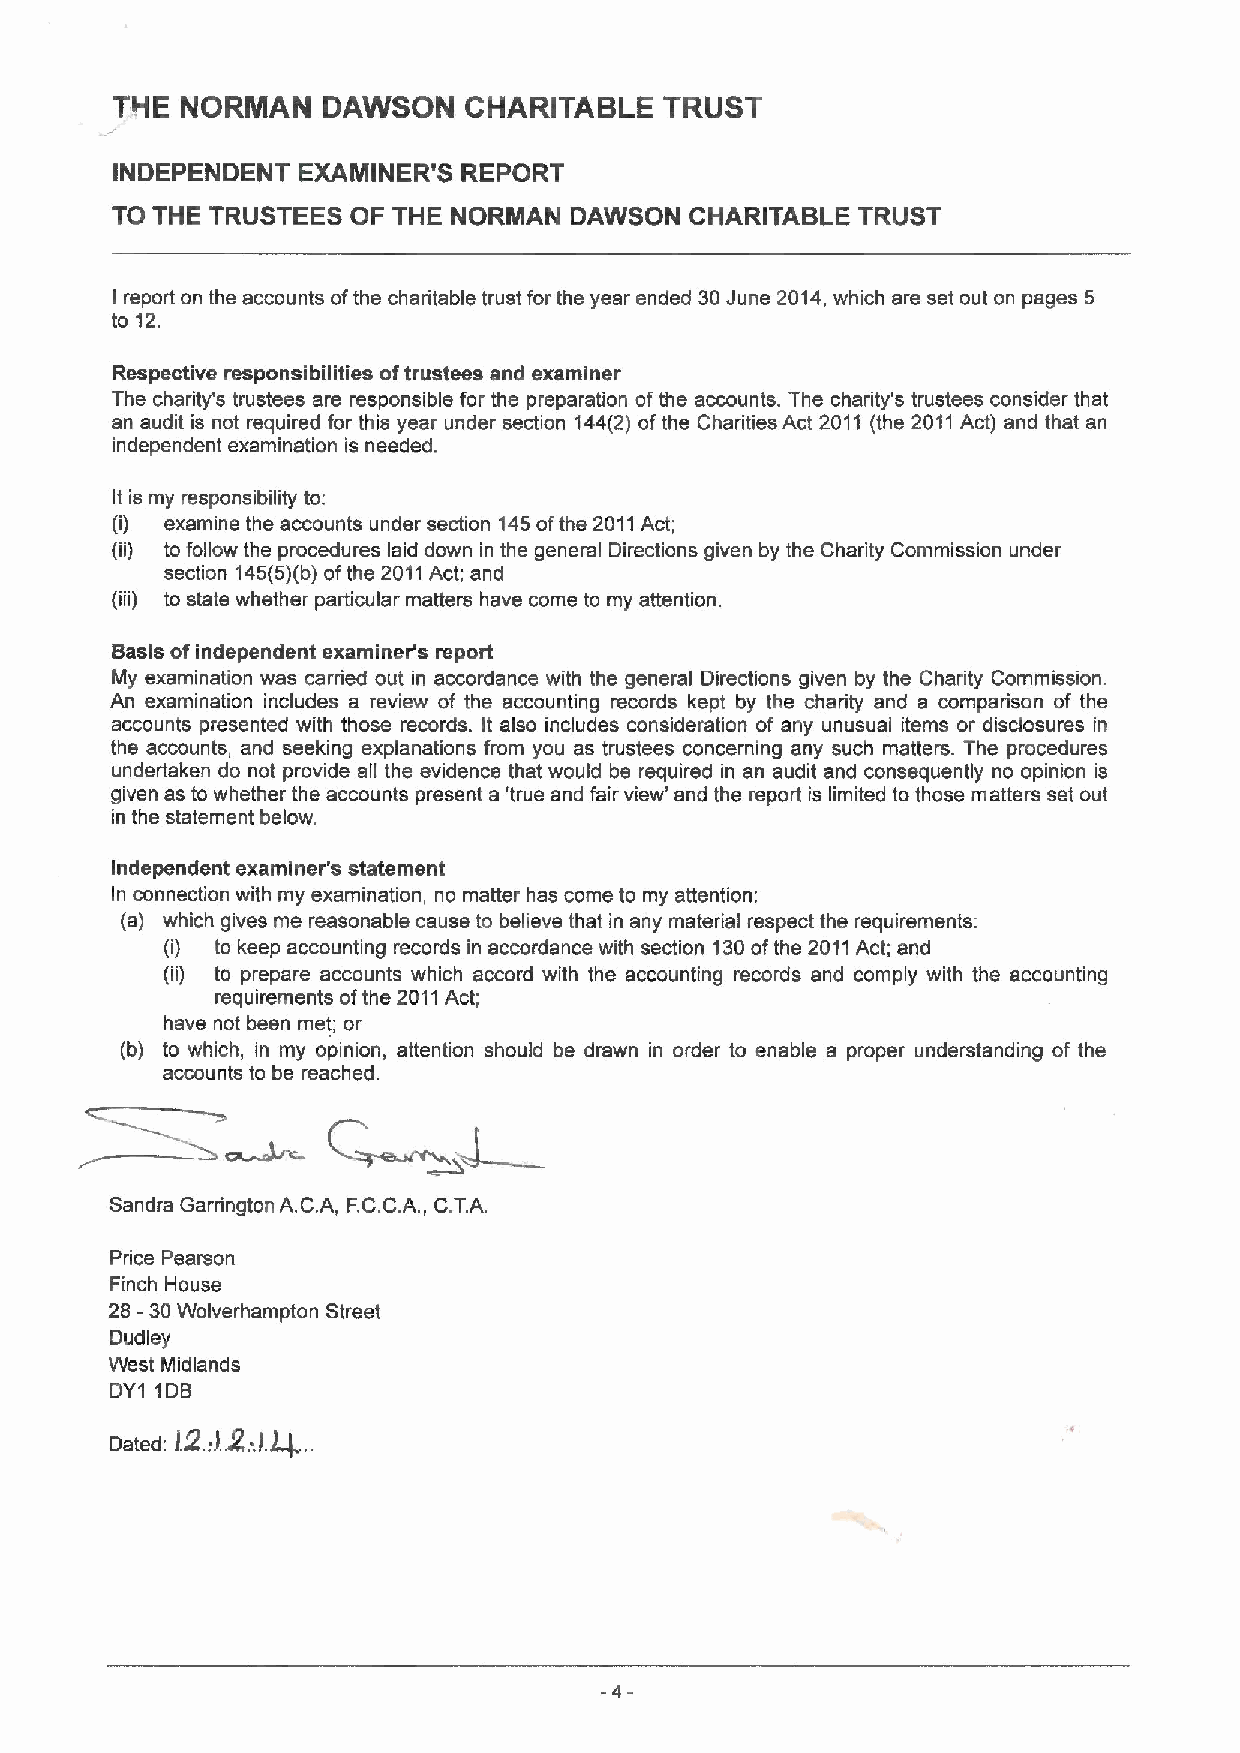
THE  NORMAN   DAWSON    CHARITABLE   TRUST
 INDEPENDENT  EXAMINER'S REPORT
 TO THE TRUSTEES OF THE NORMAN  DAWSON  CHARITABLE TRUST
 report on the accounts ofthe charitable trust for the year ended 30June 2014,which are set out on pages 5
 I
 to 12.
 Respective responsibilities oftrustees and examiner
 The charity's trustees are responsible for the preparation ofthe accounts. The charity's trustees consider that
 an audit is not required for this year under section 144(2) ofthe Charities Act 2011 (the 2011Act) and that an
 independent examination is needed.
 It is my responsibility to
 (i) examine the accounts under section 145ofthe 2011Act;
 (ii) to follow the procedures laid down in the general Directions given by the Charity Commission under
 section 145(5)(b)ofthe 2011Act; and
 (iii) to state whether particular matters have come to my attention.
 Sasis ofindependent examiner's report
 My examination was carried out in accordance with the general Directions given by the Charity Commission.
 An examination includes a review of the accounting records kept by the charity and a comparison of the
 accounts presented with those records. It also includes consideration of any unusual items or disclosures in
 the accounts, and seeking explanations from you as trustees concerning any such matters. The procedures
 undertaken do not provide all the evidence that would be required in an audit and consequently no opinion is
 given as to whether the accounts present a 'true and fair view' and the report is limited to those matters set out
 in the statement below.
 Independent examiner's statement
 In connection with my examination, no matter has come to my attention:
 (a) which gives me reasonable cause to believe that in any material respect the requirements:
 (i) to keep accounting records in accordance with section 130ofthe 2011Act; and
 (ii) to prepare accounts which accord with the accounting records and comply with the accounting
 requirements ofthe 2011Act;
 have not been met; or
 (b) to which, in my opinion, attention should be drawn in order to enable a proper understanding of the
 accounts to be reached.
 Sandra Garrington A.C.A, F.C.C.A. C.TA.
 ,
 Price Pearson
 Finch House
 28 -30Wolverhampton Street
 Dudley
 West Midlands
 DY1 1DB
 I2. 2:. Q.
 Dated: :). I. .